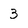
Character: 3